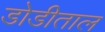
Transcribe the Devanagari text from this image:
डोडीताल